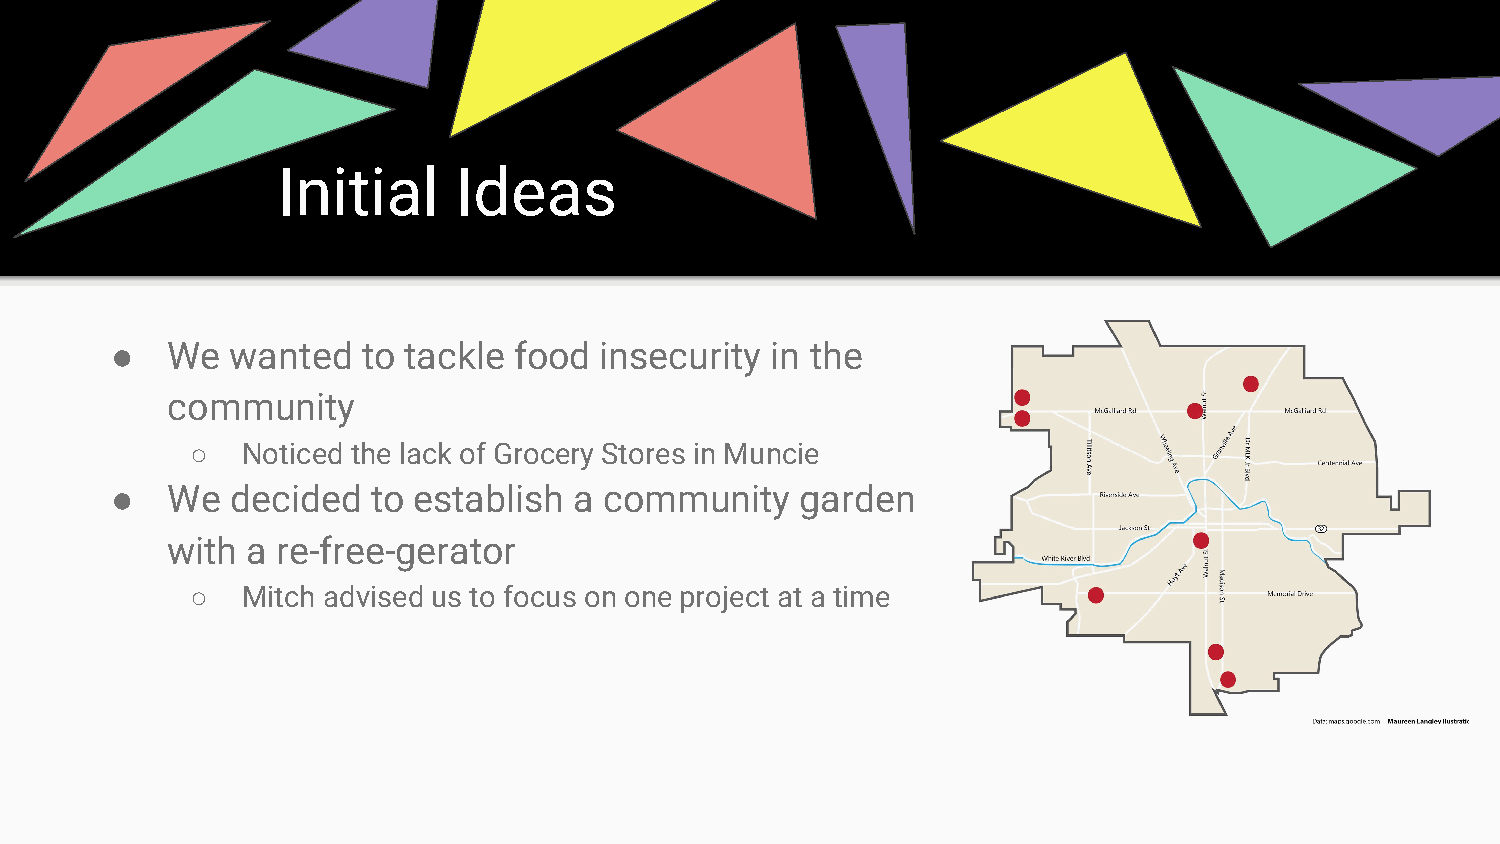
Initial     Ideas
 ●   We  wanted   to tackle food  insecurity in the
 community
 ○  Noticed the lack of Grocery Stores in Muncie
 ●   We  decided   to establish a community    garden
 with a re-free-gerator
 ○  Mitch advised us to focus on one project at a time